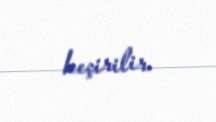
keçirilir.